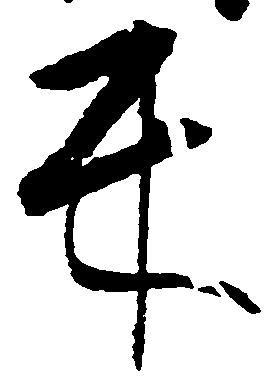
互